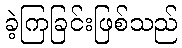
ခဲ့ကြခြင်းဖြစ်သည်